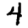
Digit: 4